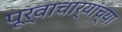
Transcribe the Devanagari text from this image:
पूर्वाचार्यांच्या